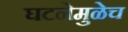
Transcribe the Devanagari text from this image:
घटनेमुळेच